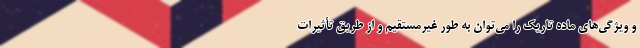
و ویژگی‌های ماده تاریک را می‌توان به‌ طور غیرمستقیم و از طریق تأثیرات